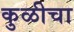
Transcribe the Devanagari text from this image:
कुळीचा